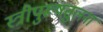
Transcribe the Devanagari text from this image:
स्त्रीपुरूषतुलना